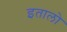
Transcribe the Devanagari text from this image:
इतालो